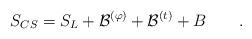
LaTeX: \begin{align*}S_{CS}=S_L+ {\cal B}^{(\varphi)} + {\cal B}^{(t)} + B \qquad .\end{align*}